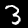
Label: 3